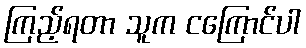
ကြည့်ရတာ သူက ငကြောင်ပါ